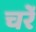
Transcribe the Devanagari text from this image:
चर्रे